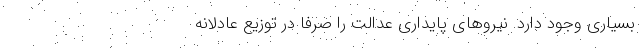
بسیاری وجود دارد. نیرو‌های پایداری عدالت را صرفا در توزیع عادلانه